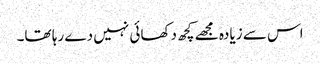
اس سے زیادہ مجھے کچھ دکھائی نہیں دے رہا تھا۔